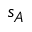
s _ { A }